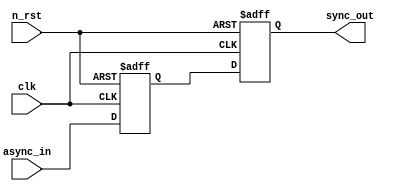
module sync_high (
	clk,
	n_rst,
	async_in,
	sync_out
);
	input wire clk;
	input wire n_rst;
	input wire async_in;
	output reg sync_out;
	reg sync;
	always @(posedge clk or negedge n_rst)
		if (1'b0 == n_rst) begin
			sync_out <= 1'b1;
			sync <= 1'b1;
		end
		else begin
			sync <= async_in;
			sync_out <= sync;
		end
endmodule